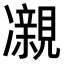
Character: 𫥝